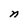
Character: n